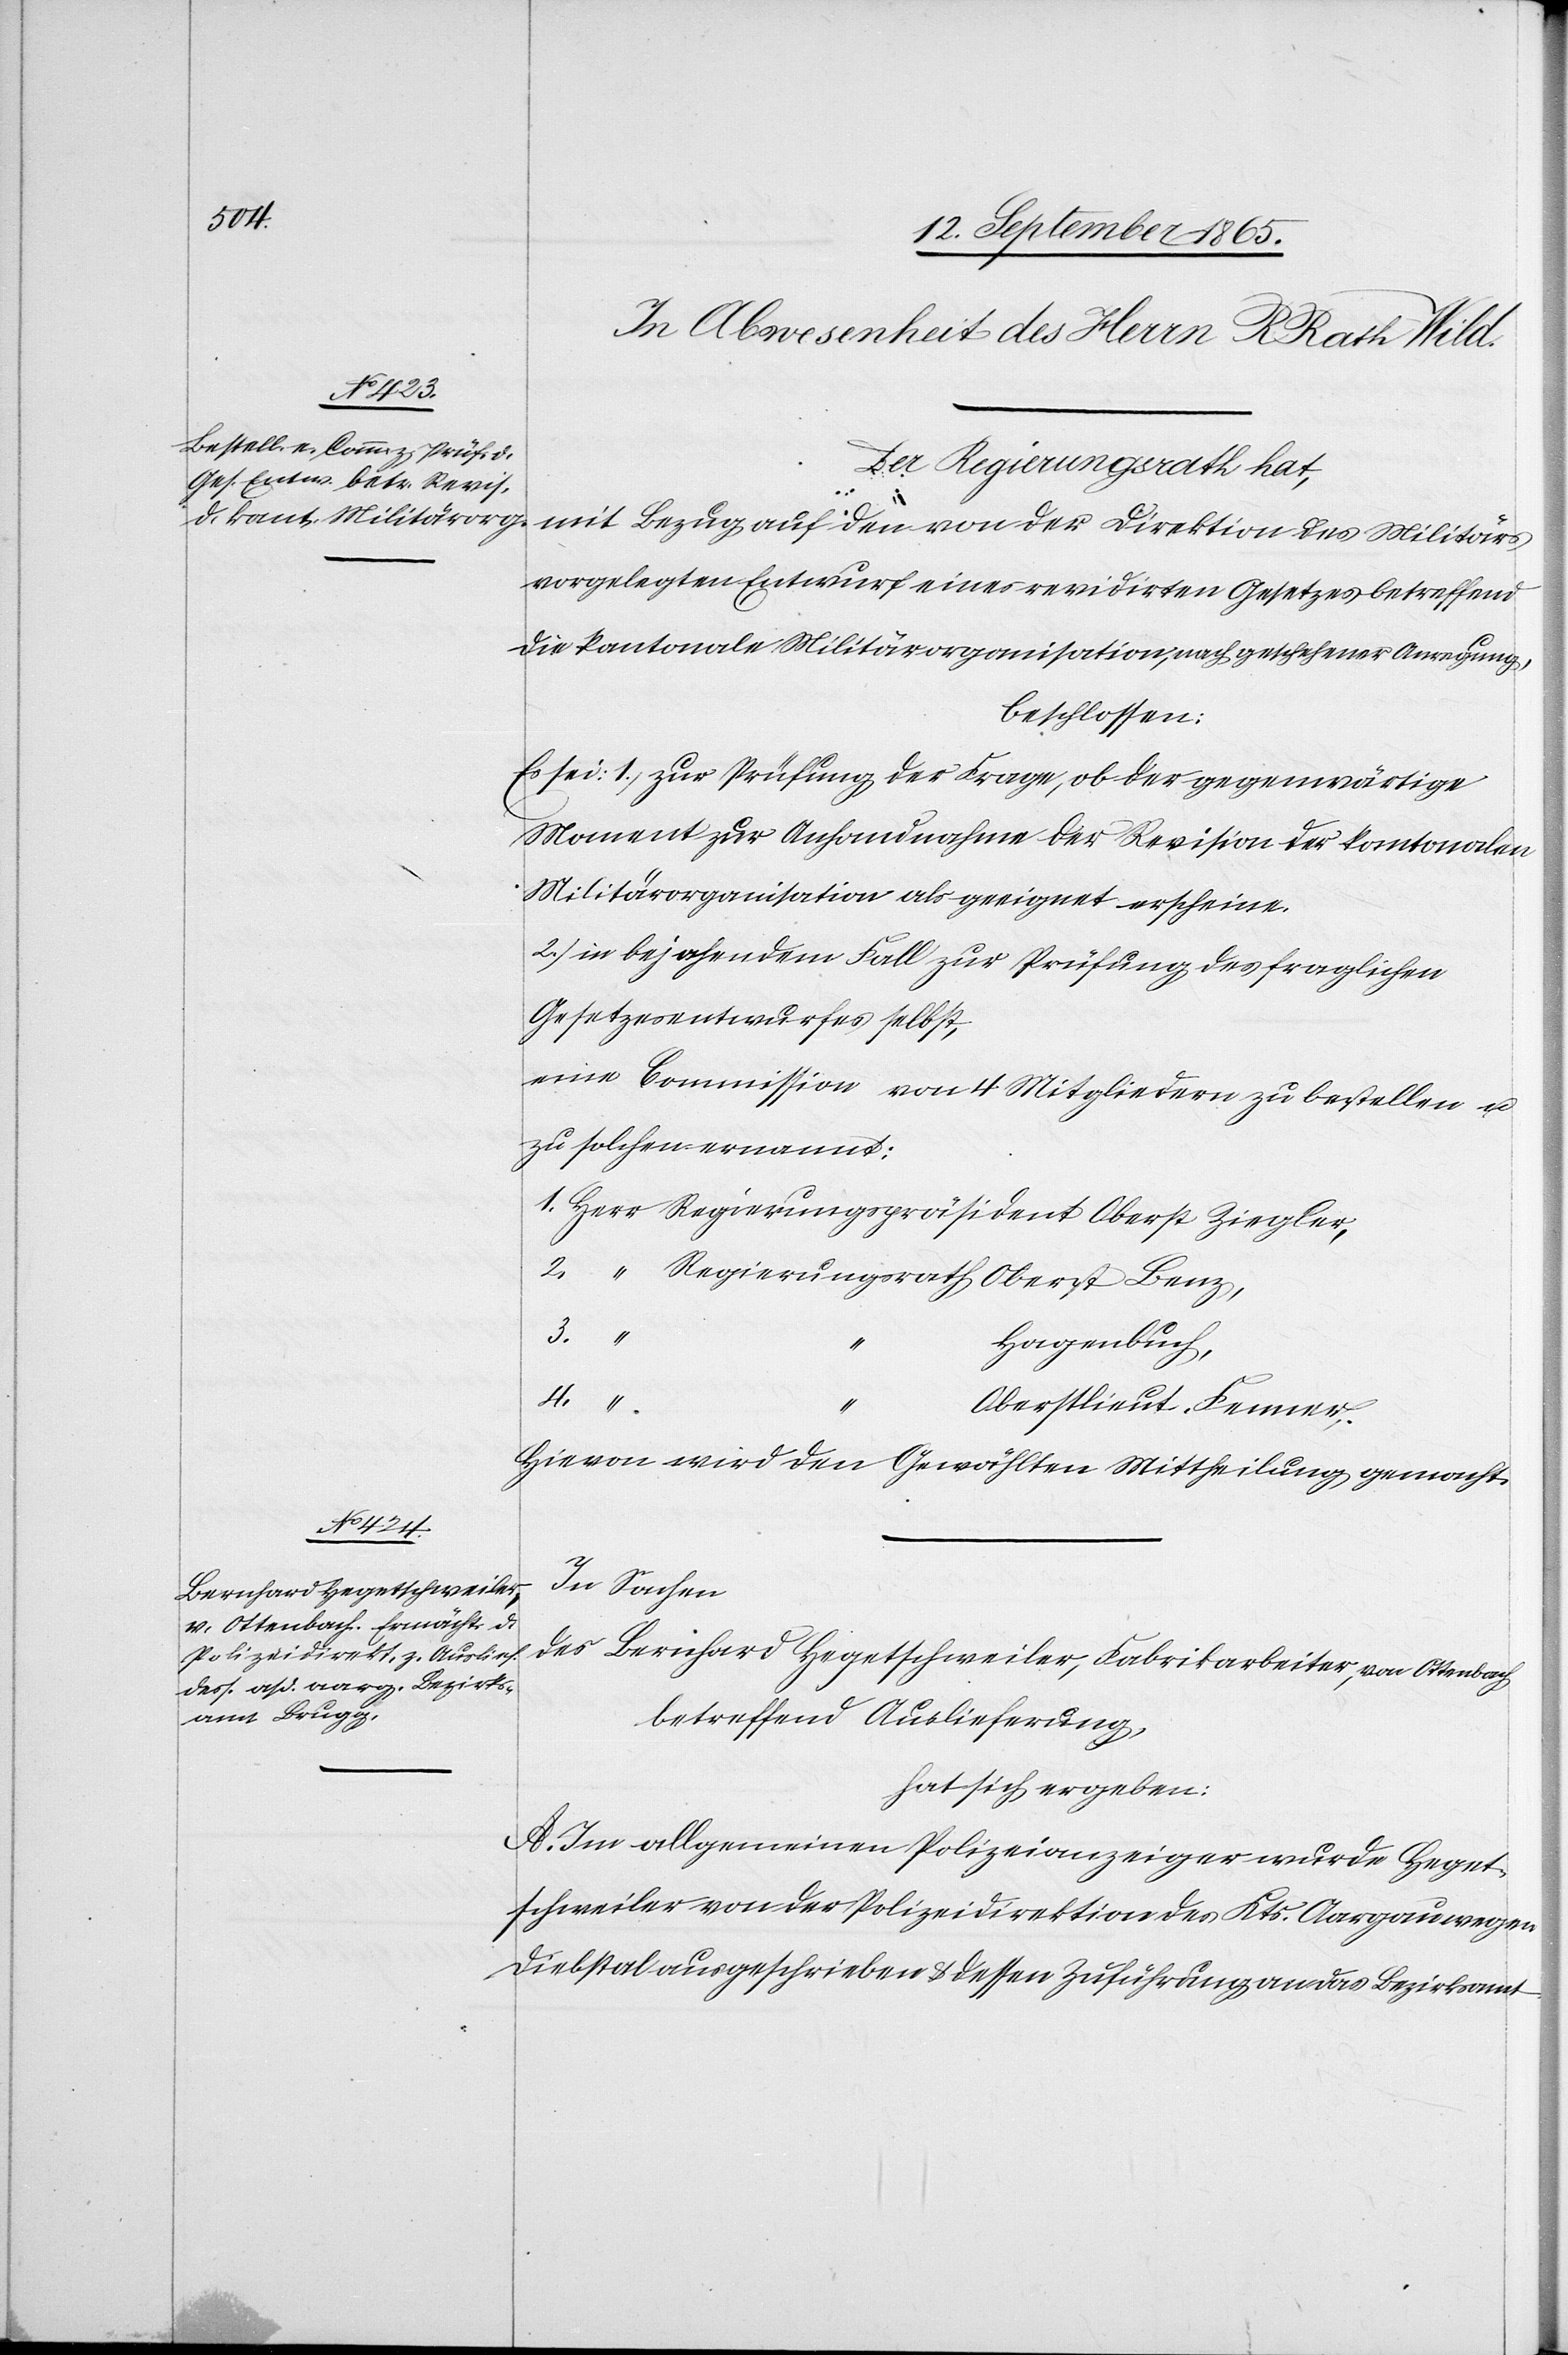
Der Regierungsrath hat,
mit Bezug auf den von der Direktion des Militärs
vorgelegten Entwurf einer revidirten Gesetzes betreffend
die kantonale Militärorganisation, nach geschehener Anregung,
beschlossen:
Es sei: 1) zur Prüfung der Frage, ob der gegenwärtige
Moment zur Anhandnahme der Revision der kantonalen
Militärorganisation als geeignet erscheine.
2) in bejahendem Fall zur Prüfung des fraglichen
Gesetzesentwurfes selbst,
eine Commission von 4 Mitgliedern zu bestellen u.
zu solchen ernannt:
1. Herr	Regierungspräsiden Oberst Ziegler,
2.	“	Regierungsrath Oberst Benz,
3.	“
Hagenbuch,
“
Oberstlieut. Fenner.
Hievon wird den Gewählten Mittheilung gemacht.
In Sachen
des Bernhard Hegetschweiler, Fabrikarbeiter, von Ottenbach
betreffend Auslieferung,
hat sich ergeben:
A. Im allgemeinen Polizeianzeiger wurde Heget¬
schweiler von der Polizeidirektion des Kts. Aargau wegen
Diebstal ausgeschrieben u. dessen Zuführung an das Bezirksamt